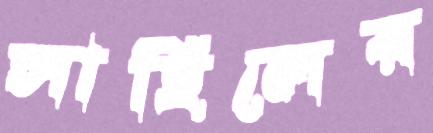
সাহিলের